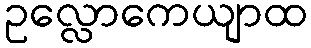
ဥလ္လောကေယျာထ